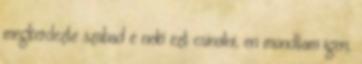
megkerdezte szabad e neki ezt csinalni, en mondtam igen,